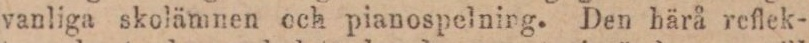
vanliga skolämnen och pianospelning. Den härå reflek-